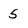
Character: 5